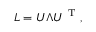
\boldsymbol { L } = \boldsymbol { U } \boldsymbol { \Lambda } \boldsymbol { U } ^ { \mathrm { ~ T ~ } } ,